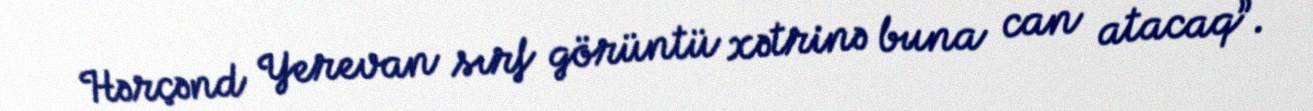
Hərçənd Yerevan sırf görüntü xətrinə buna can atacaq”.